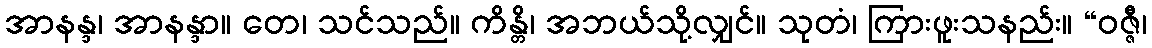
အာနန္ဒ၊ အာနန္ဒာ။ တေ၊ သင်သည်။ ကိန္တိ၊ အဘယ်သို့လျှင်။ သုတံ၊ ကြားဖူးသနည်း။ “ဝဇ္ဇီ၊